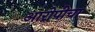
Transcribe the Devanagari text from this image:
आरोपीचा